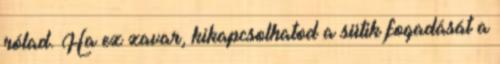
rólad. Ha ez zavar, kikapcsolhatod a sütik fogadását a